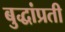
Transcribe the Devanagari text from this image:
बुद्धांप्रती